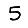
Digit: 5